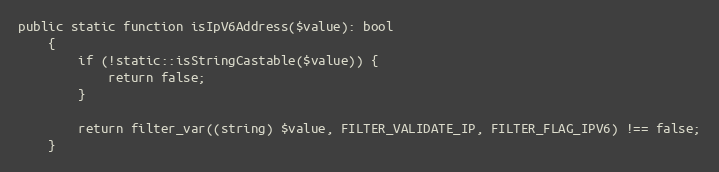
Language: PHP
public static function isIpV6Address($value): bool
    {
        if (!static::isStringCastable($value)) {
            return false;
        }

        return filter_var((string) $value, FILTER_VALIDATE_IP, FILTER_FLAG_IPV6) !== false;
    }